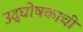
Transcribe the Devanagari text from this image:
उद्घोषकाची